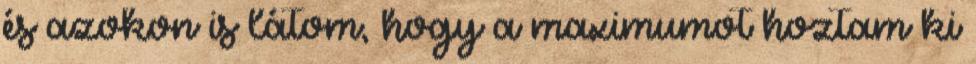
és azokon is látom, hogy a maximumot hoztam ki